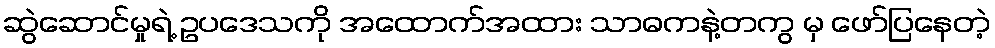
ဆွဲဆောင်မှုရဲ့ ဥပဒေသကို အထောက်အထား သာဓကနဲ့တကွ မှ ဖော်ပြနေတဲ့